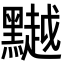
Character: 𪒥